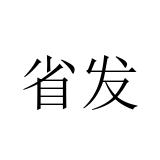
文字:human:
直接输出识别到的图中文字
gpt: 省发